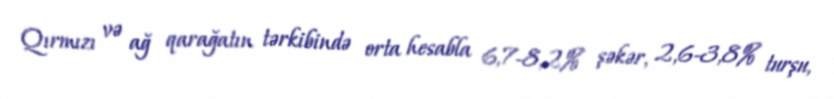
Qırmızı və ağ qarağatın tərkibində orta hesabla 6,7-8,2% şəkər, 2,6-3,8% turşu,